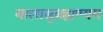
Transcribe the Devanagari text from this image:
बालासुब्रह्मण्यम